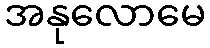
အနုလောမေ